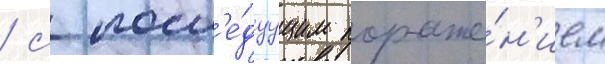
/ с посл'е́дуущим пораже́н'ием